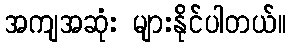
အကျအဆုံး များနိုင်ပါတယ်။